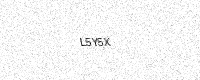
Text: L5Y5X